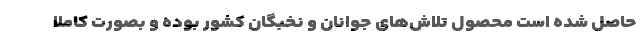
حاصل شده است محصول تلاش‌های جوانان و نخبگان کشور بوده و بصورت کاملا